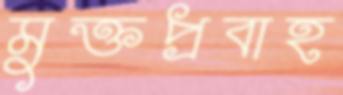
মুক্তপ্রবাহ